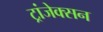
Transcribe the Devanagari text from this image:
ट्रांजेक्सन